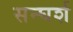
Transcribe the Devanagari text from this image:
सन्घर्श